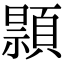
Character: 𫖢